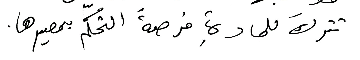
تتركَ للمادةِ فرصةُ التحكّم بمصيرها.